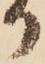
か